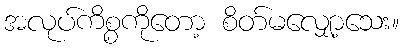
အလုပ်ကိစ္စကိုတော့ စိတ်မလျှော့သေး။